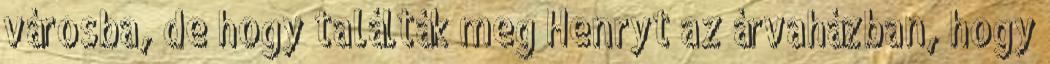
városba, de hogy találták meg Henryt az árvaházban, hogy